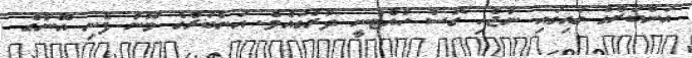
އަންބަރްގެ ގައިގައި ނުޖެހި ގޮސް ހުއްޓުނީ ދުރުގައެވެ. އަންބަރްގެ މޫނު ފެނި އޭނާގެ